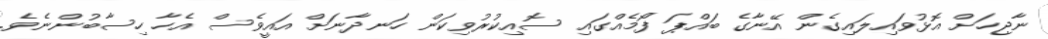
ނާޖިހަށް އޮޅުވައިލައިގެން އޭނާގެ ބައްޕަ ފޯމެއްގައި ސޮއިކުރުވިކަން ހަނދާނަށް އައީވެސް އެހާ ހިސާބުންނެވެ.